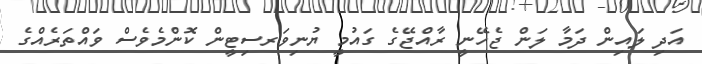
އަދި ލައިން ދަމާ ލަން ޖެހޭނީ ރާއްޖޭގެ ގައުމީ ޔުނިވަރސިޓީން ކޮންމެވެސް ވައްތަރެއްގެ